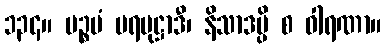
၁၃၄။ ပဉ္စမံ ပရပုဋ္ဌာဒီ၊ နိသာဒမ္ပိ စ ဝါရဏာ။